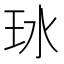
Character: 𬍖